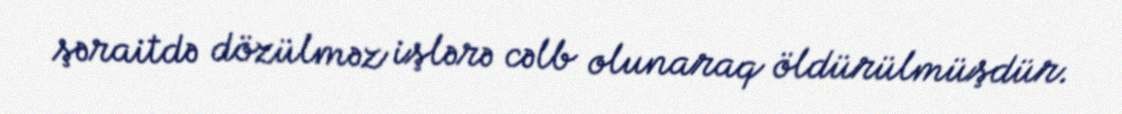
şəraitdə dözülməz işlərə cəlb olunaraq öldürülmüşdür.